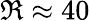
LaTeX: \Re\approx 40